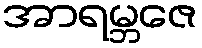
အာရမ္ဘဇေ